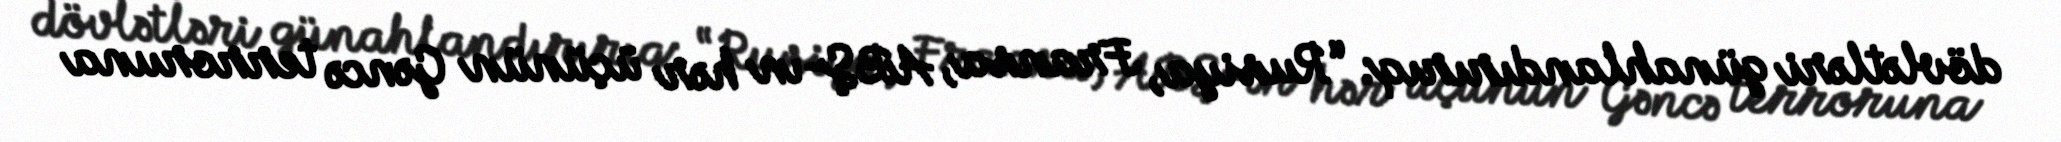
dövlətləri günahlandırırıq: “Rusiya, Fransa, ABŞ-ın hər üçünün Gəncə terroruna